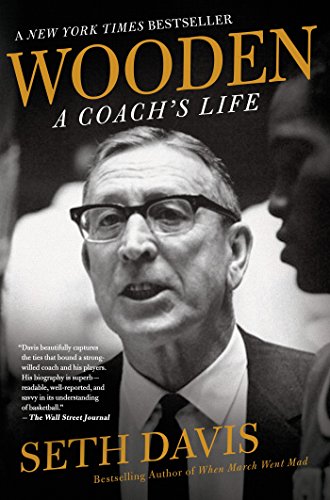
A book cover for Wooden: A Coach's Life; Seth Davis; Biographies & Memoirs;